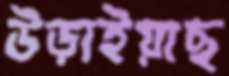
উড়াইয়াছ